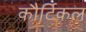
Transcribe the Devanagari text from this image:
कौर्टिकल